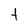
Character: t